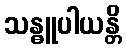
သန္ဓူပါယန္တိ